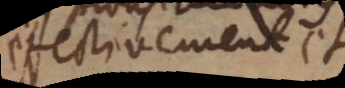
effectivement et